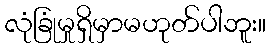
လုံခြုံမှုရှိမှာမဟုတ်ပါဘူး။